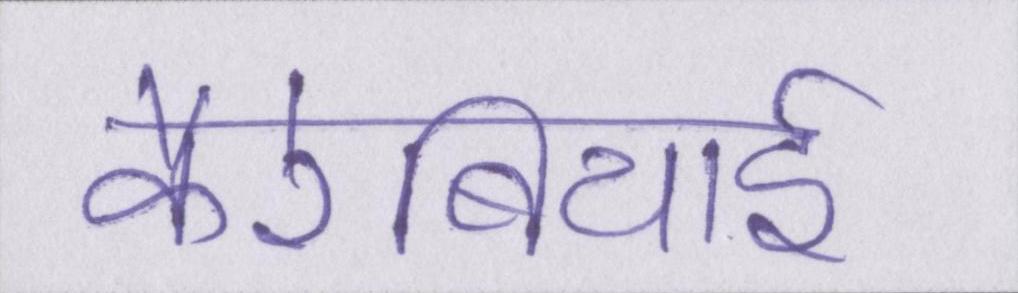
कैरेबियाई